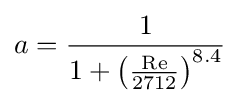
a={\frac {1}{1+\left({\frac {\mathrm {Re} }{2712}}\right)^{8.4}}}